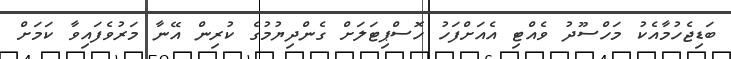
ބަޑިޖެހުމާއެކު މަހްސޫދު ވެއްޓި އެއަށްފަހު ހޮސްޕިޓަލަށް ގެންދިޔުމުގެ ކުރިން އޭނާ މަރުވެފައިވާ ކަމަށް